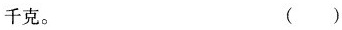
千克。 ( )